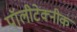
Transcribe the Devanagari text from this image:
पॉलीटेक्नीक